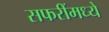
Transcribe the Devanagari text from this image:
सफरींमध्ये